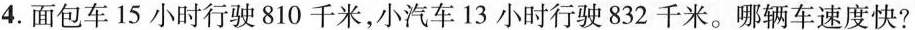
4.面包车15小时行驶810千米，小汽车13小时行驶832千米。哪辆车速度快?